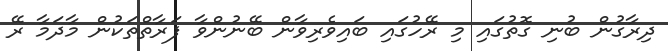
ދިރާގުން ބުނި ގޮތުގައި މި ރޭހުގައި ބައިވެރިވާން ބޭނުންވާ ފަރާތްތަކުން މާދަމާ ރޭ